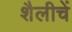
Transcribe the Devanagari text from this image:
शैलीचें